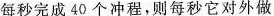
每秒完成40个冲程，则每秒它对外做